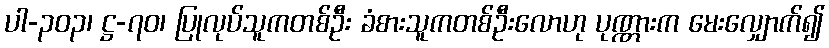
ပါ-၃၀၃၊ ဋ္ဌ-၇၀၊ ပြုလုပ်သူကတစ်ဦး ခံစားသူကတစ်ဦးလောဟု ပုဏ္ဏားက မေးလျှောက်၍